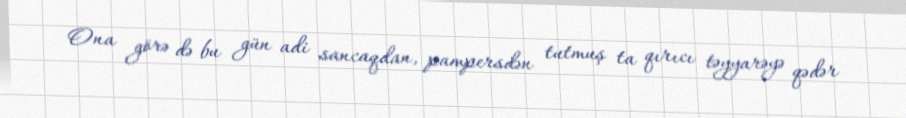
Ona görə də bu gün adi sancaqdan, pampersdən tutmuş ta qırıcı təyyarəyə qədər